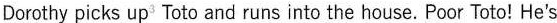
Dorothy picks up Toto and runs into the house. Poor Toto! He's